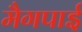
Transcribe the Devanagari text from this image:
मैगपाई